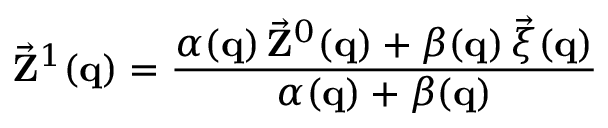
\vec { \bf Z } ^ { 1 } ( { \bf q } ) = \frac { \alpha ( { \bf q } ) \, \vec { \bf Z } ^ { 0 } ( { \bf q } ) + \beta ( { \bf q } ) \, \vec { \boldsymbol { \xi } } ( { \bf q } ) } { \alpha ( { \bf q } ) + \beta ( { \bf q } ) }